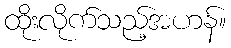
ထိုးလိုက်သည့်အဟန်။